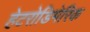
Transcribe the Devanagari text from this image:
हेटरोडिमेरिक